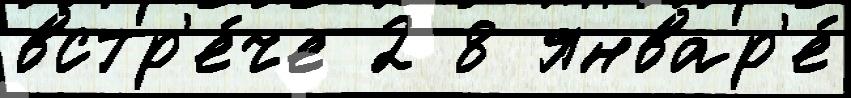
встр'е́че 2 8 январ'е́